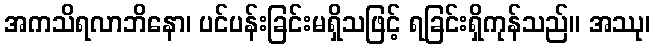
အကသိရလာဘိနော၊ ပင်ပန်းခြင်းမရှိသဖြင့် ရခြင်းရှိကုန်သည်။ အဿု၊